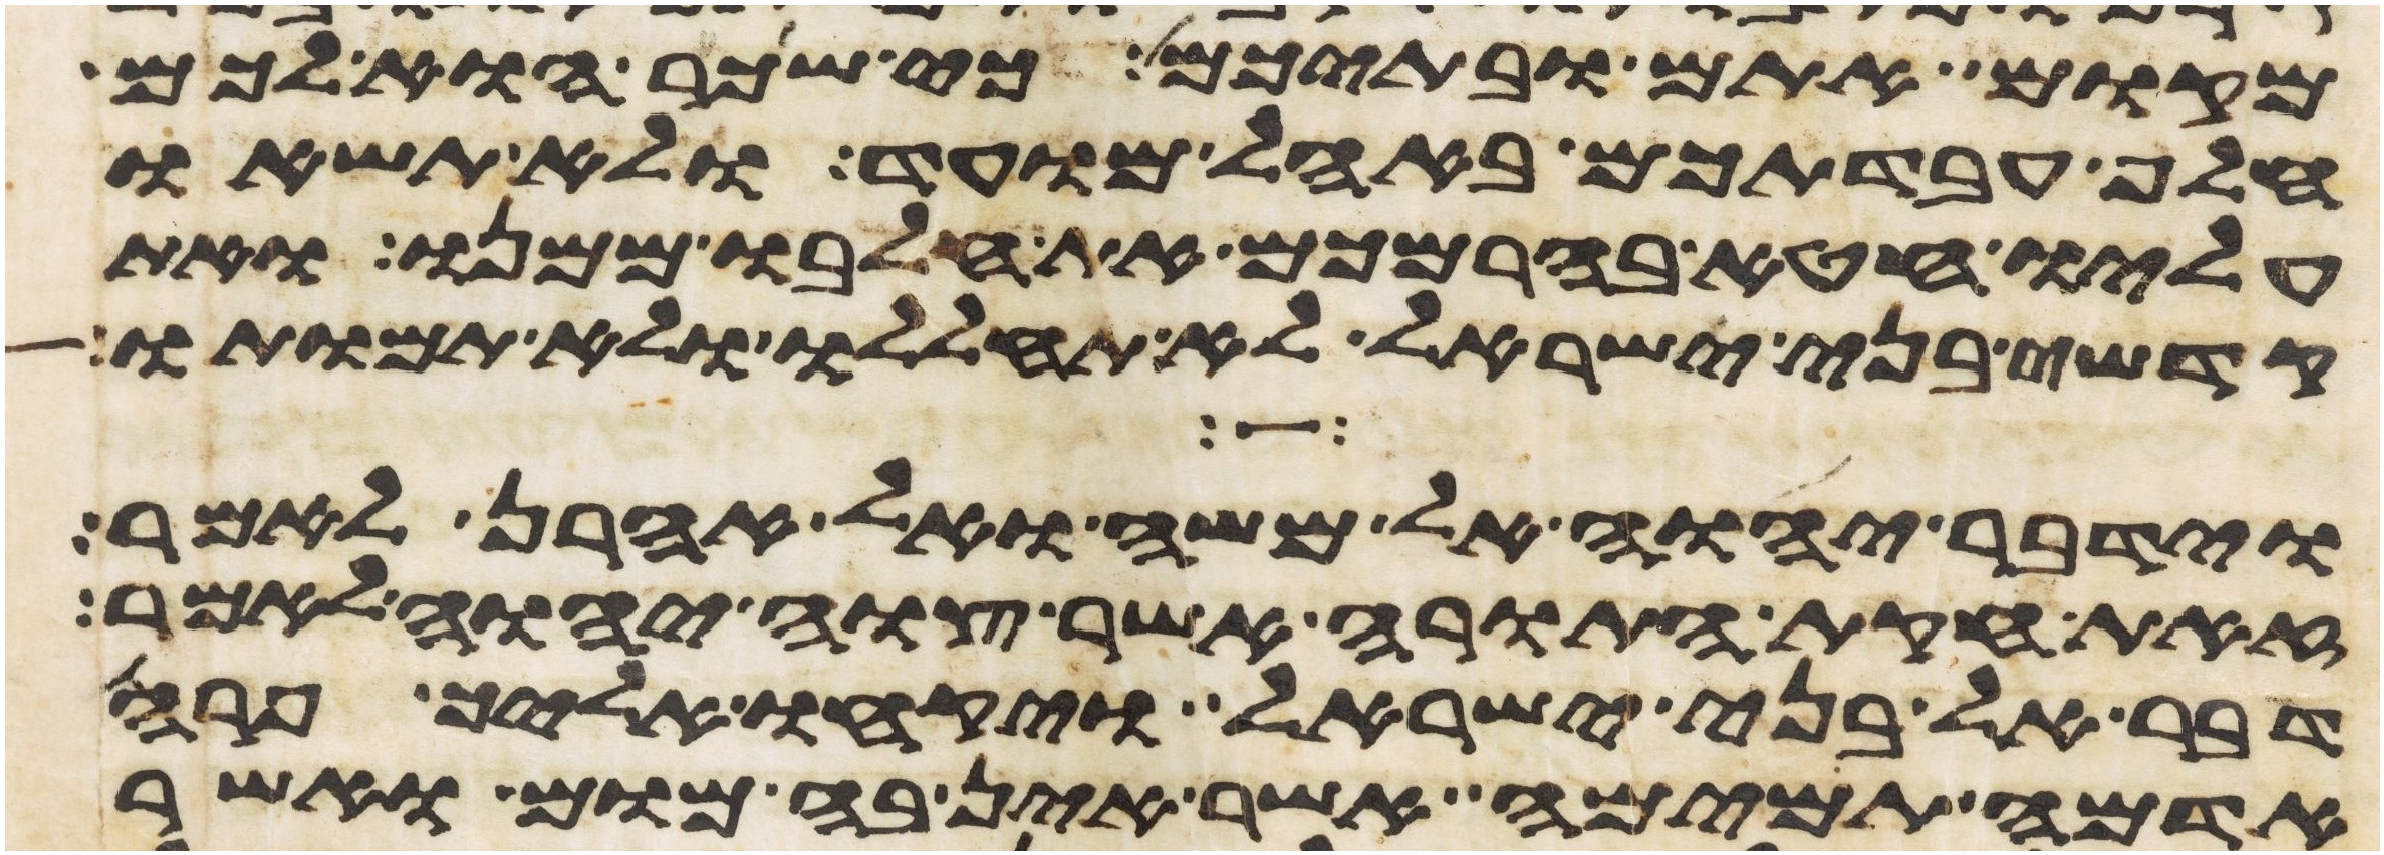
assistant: מקום אתם ובתיכם כי שכר הוא לכם
חלף עבדתכם באהל מועד ולא תשאו
עליו חטא בהרמכם את חלבו ממנו ואת
קדשי בני ישראל לא תחללו ולא תמותו
וידבר יהוה אל משה ואל אהרן לאמר
זאת חקות התורה אשר צוה יהוה לאמר
דבר אל בני ישראל ויקחו אליך פרה
אדמה תמימה אשר אין בה מום ואשר